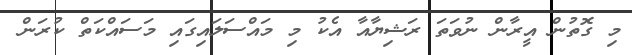
މި ގޮތުން އީރާން ނުވަތަ ރަޝިޔާއާ އެކު މި މައްސަލައިގައި މަސައްކަތް ކުރަން